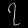
Digit: ၇